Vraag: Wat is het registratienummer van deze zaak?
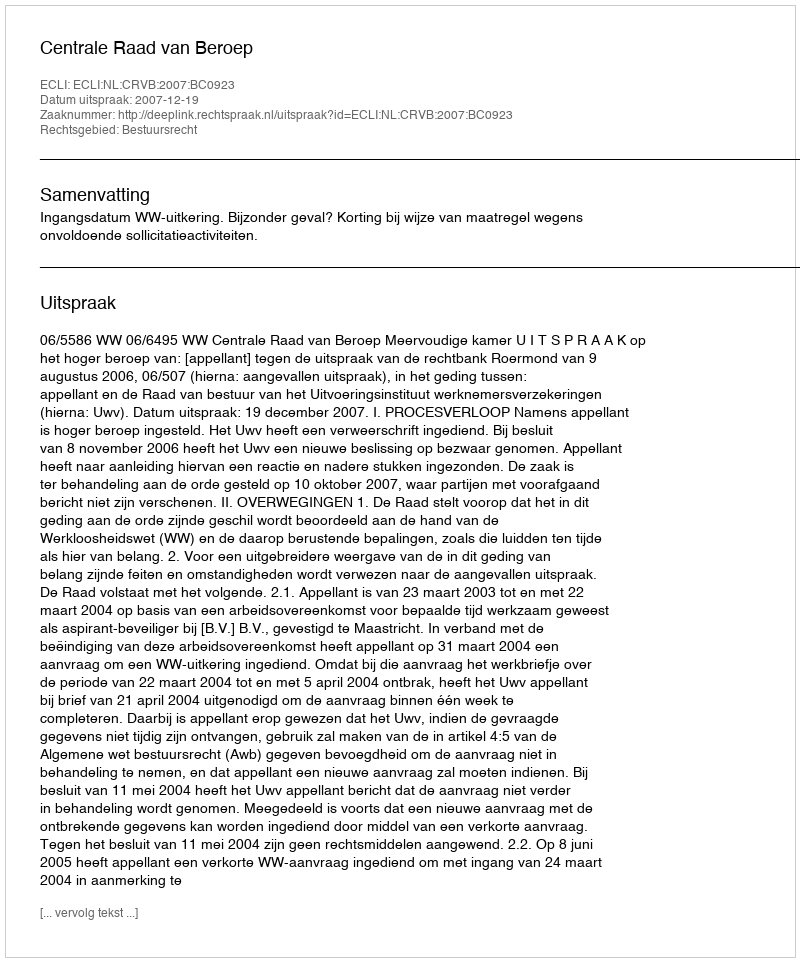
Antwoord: http://deeplink.rechtspraak.nl/uitspraak?id=ECLI:NL:CRVB:2007:BC0923